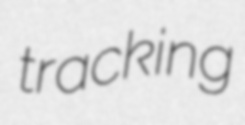
tracking